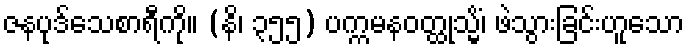
ဇနပုဒ်သေစာရီကို။ (နိ၊ ၃၅၅) ပက္ကမနဝတ္ထုသ္မိံ၊ ဖဲသွားခြင်းဟူသော